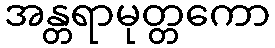
အန္တရာမုတ္တကော